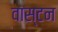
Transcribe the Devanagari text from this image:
वास्टन